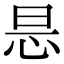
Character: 𢘇